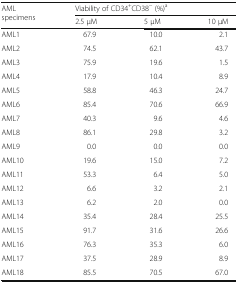
| <ROWSPAN=2> AML specimens | <COLSPAN=3> Viability of CD34+CD38− (%)a |
 | 2.5 μM | 5 μM | 10 μM |
 | --- | --- | --- | --- |
 | AML1 | 67.9 | 10.0 | 2.1 |
 | AML2 | 74.5 | 62.1 | 43.7 |
 | AML3 | 75.9 | 19.6 | 1.5 |
 | AML4 | 17.9 | 10.4 | 8.9 |
 | AML5 | 58.8 | 46.3 | 24.7 |
 | AML6 | 85.4 | 70.6 | 66.9 |
 | AML7 | 40.3 | 9.6 | 4.6 |
 | AML8 | 86.1 | 29.8 | 3.2 |
 | AML9 | 0.0 | 0.0 | 0.0 |
 | AML10 | 19.6 | 15.0 | 7.2 |
 | AML11 | 53.3 | 6.4 | 5.0 |
 | AML12 | 6.6 | 3.2 | 2.1 |
 | AML13 | 6.2 | 2.0 | 0.0 |
 | AML14 | 35.4 | 28.4 | 25.5 |
 | AML15 | 91.7 | 31.6 | 26.6 |
 | AML16 | 76.3 | 35.3 | 6.0 |
 | AML17 | 37.5 | 28.9 | 8.9 |
 | AML18 | 85.5 | 70.5 | 67.0 |